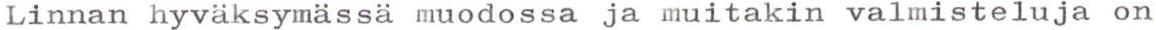
Linnan hyväksymässä muodossa ja muitakin valmisteluja on